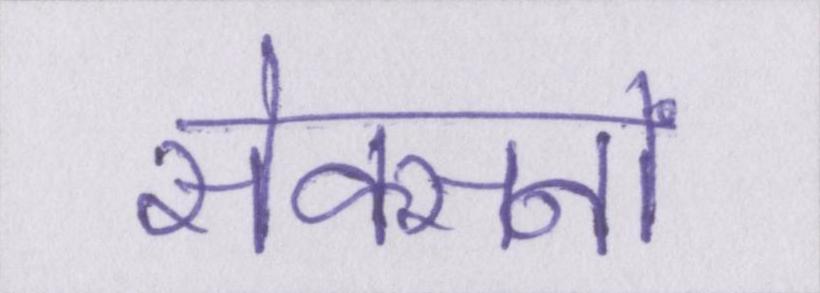
सेक्सनों